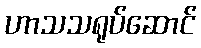
ဟာသသရုပ်ဆောင်